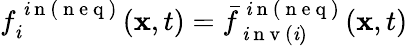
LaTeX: f_{\mathit{i}}^{\mathrm{{~\mathit{i}~n~(~n~e~q~)~}}}(\mathbf{{x}},t)=\bar{{f}}_{\mathrm{{~\mathit{i}~n~v~}}(\mathit{i})}^{\mathrm{{~\mathit{i}~n~(~n~e~q~)~}}}(\mathbf{{x}},t)